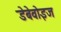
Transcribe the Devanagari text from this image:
डेबेवोइज